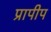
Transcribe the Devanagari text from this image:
प्रापीप